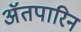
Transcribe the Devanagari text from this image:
अॅतपारिन